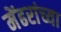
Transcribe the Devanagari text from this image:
मेंढरांच्या